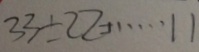
3 3 \div 2 2 \cdots 1 1